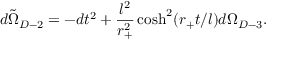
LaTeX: d \tilde { \Omega } _ { D - 2 } = - d t ^ { 2 } + \frac { l ^ { 2 } } { r _ { + } ^ { 2 } } \cosh ^ { 2 } ( r _ { + } t / l ) d \Omega _ { D - 3 } .